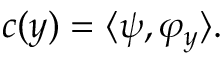
c ( y ) = \langle \psi , \varphi _ { y } \rangle .